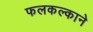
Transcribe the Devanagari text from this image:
फलकल्काने